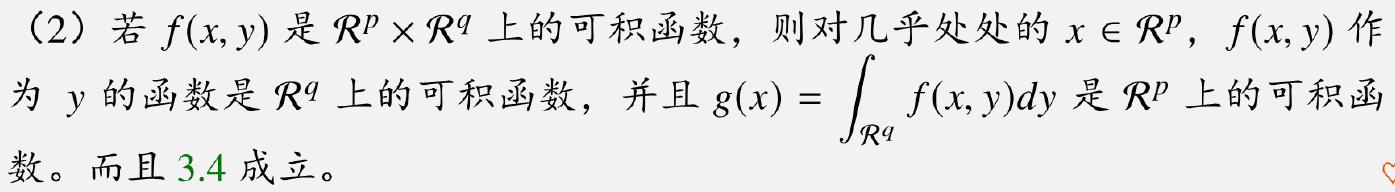
（2）若$f(x,y)$是$\mathcal{R}^p\times\mathcal{R}^q$上的可积函数，则对几乎处处的$x\in\mathcal{R}^p$，$f(x,y)$作为$y$的函数是$\mathcal{R}^q$上的可积函数，并且$g(x)=\int_{\mathcal{R}^q}f(x,y)dy$是$\mathcal{R}^p$上的可积函数。而且$3.4$成立。